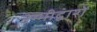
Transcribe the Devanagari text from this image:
उम्मीद्वारों